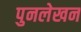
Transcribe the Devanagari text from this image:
पुनलेखन